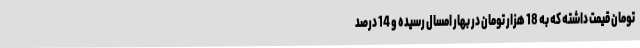
تومان قیمت داشته که به 18 هزار تومان در بهار امسال رسیده و 14 درصد